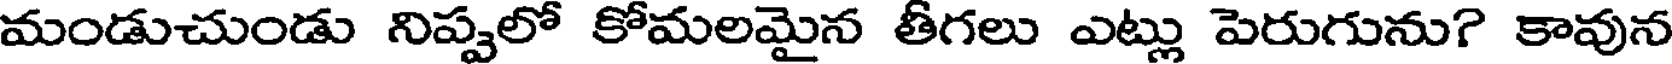
మండుచుండు నిప్పులో కోమలమైన తీగలు ఎట్లు పెరుగును? కావున